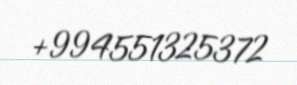
+994551325372